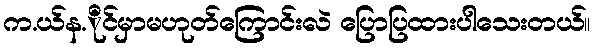
က.ယ်န.ိုင်မှာမဟုတ်ကြောင်းလဲ ပြောပြထားပါသေးတယ်။